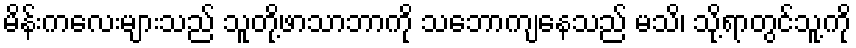
မိန်းကလေးများသည် သူတို့ဖာသာဘာကို သဘောကျနေသည် မသိ၊ သို့ရာတွင်သူ့ကို